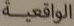
الواقعية